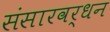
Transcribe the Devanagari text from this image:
संसारवर्धन